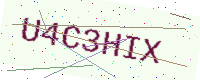
Text: U4C3HIX